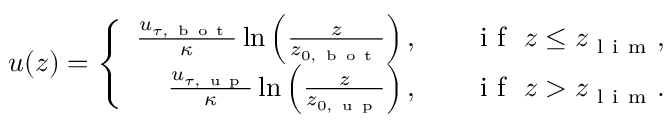
u ( z ) = \left\{ \begin{array} { r l r } { \frac { u _ { \tau , \mathrm { ~ b ~ o ~ t ~ } } } { \kappa } \ln \left( \frac { z } { z _ { 0 , \mathrm { ~ b ~ o ~ t ~ } } } \right) , } & { { } } & { \mathrm { ~ i ~ f ~ } \ z \leq z _ { \mathrm { ~ l ~ i ~ m ~ } } , } \\ { \frac { u _ { \tau , \mathrm { ~ u ~ p ~ } } } { \kappa } \ln \left( \frac { z } { z _ { 0 , \mathrm { ~ u ~ p ~ } } } \right) , } & { { } } & { \mathrm { ~ i ~ f ~ } \ z > z _ { \mathrm { ~ l ~ i ~ m ~ } } . } \end{array} \right.